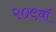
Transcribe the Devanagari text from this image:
२०९वॉ